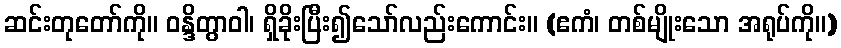
ဆင်းတုတော်ကို။ ဝန္ဒိတွာဝါ၊ ရှိခိုးပြီး၍သော်လည်းကောင်း။ (ဧကံ၊ တစ်မျိုးသော အရုပ်ကို။)